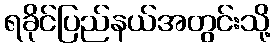
ရခိုင်ပြည်နယ်အတွင်းသို့